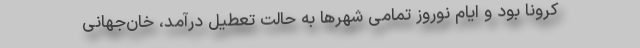
کرونا بود و ایام نوروز تمامی شهرها به حالت تعطیل درآمد، خان‌جهانی